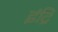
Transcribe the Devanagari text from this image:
इंद्रि